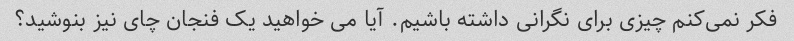
فکر نمی‌کنم چیزی برای نگرانی داشته باشیم. آیا می خواهید یک فنجان چای نیز بنوشید؟